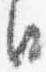
日